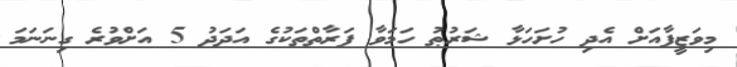
މިވަޒީފާއަށް އެދި ހުށަހަޅާ ޝަރުޠު ހަމަވާ ފަރާތްތަކުގެ އަދަދު 5 އަށްވުރެ ގިނަނަމަ